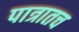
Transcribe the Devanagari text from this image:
पात्रातच